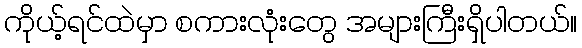
ကိုယ့်ရင်ထဲမှာ စကားလုံးတွေ အများကြီးရှိပါတယ်။